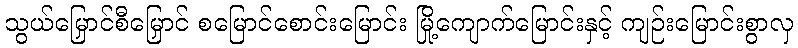
သွယ်မြှောင်စီမြှောင် စမြောင်စောင်းမြောင်း မြို့ကျောက်မြောင်းနှင့် ကျဉ်းမြောင်းစွာလှ